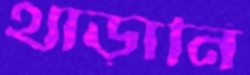
থাড়ানি